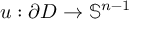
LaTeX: u : \partial D \to \mathbb { S } ^ { n - 1 }